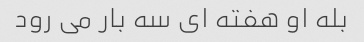
بله او هفته ای سه بار می رود